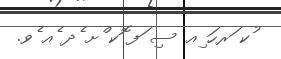
ުކ ަރހަ ިއ ސި ަފ ޮކ ްށ ެދ ެއ ެވ.